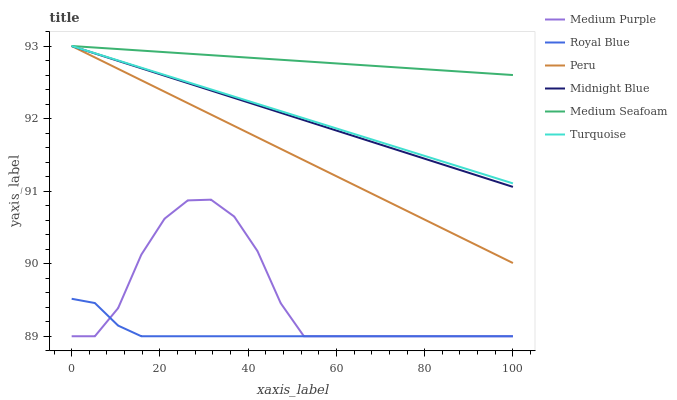
| xaxis_label | Medium Purple | Royal Blue | Peru | Midnight Blue | Medium Seafoam | Turquoise |
 | --- | --- | --- | --- | --- | --- | --- |
 | 0 | 89 | 89.5 | 93 | 93 | 93 | 93 |
 | 5.26 | 89 | 89.5 | 92.8 | 92.9 | 93 | 92.9 |
 | 10.5 | 89.4 | 89.1 | 92.7 | 92.8 | 93 | 92.8 |
 | 15.8 | 90.1 | 89 | 92.5 | 92.7 | 92.9 | 92.7 |
 | 21.1 | 90.6 | 89 | 92.4 | 92.6 | 92.9 | 92.6 |
 | 26.3 | 90.9 | 89 | 92.2 | 92.5 | 92.9 | 92.5 |
 | 31.6 | 90.9 | 89 | 92.1 | 92.4 | 92.9 | 92.4 |
 | 36.8 | 90.6 | 89 | 91.9 | 92.3 | 92.9 | 92.3 |
 | 42.1 | 90.2 | 89 | 91.7 | 92.2 | 92.8 | 92.2 |
 | 47.4 | 89.5 | 89 | 91.6 | 92.1 | 92.8 | 92.1 |
 | 52.6 | 89 | 89 | 91.4 | 92 | 92.8 | 92 |
 | 57.9 | 89 | 89 | 91.3 | 91.9 | 92.8 | 91.9 |
 | 63.2 | 89 | 89 | 91.1 | 91.8 | 92.7 | 91.8 |
 | 68.4 | 89 | 89 | 91 | 91.7 | 92.7 | 91.7 |
 | 73.7 | 89 | 89 | 90.8 | 91.6 | 92.7 | 91.6 |
 | 78.9 | 89 | 89 | 90.6 | 91.5 | 92.7 | 91.5 |
 | 84.2 | 89 | 89 | 90.5 | 91.4 | 92.7 | 91.4 |
 | 89.5 | 89 | 89 | 90.3 | 91.3 | 92.6 | 91.3 |
 | 94.7 | 89 | 89 | 90.2 | 91.2 | 92.6 | 91.2 |
 | 100 | 89 | 89 | 90 | 91.1 | 92.6 | 91.1 |